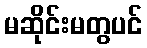
မဆိုင်းမတွပင်